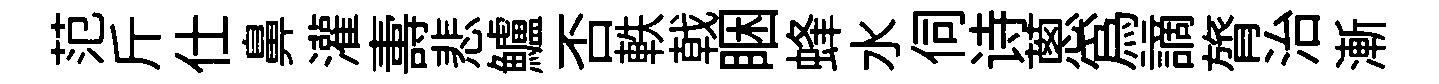
范斤仕鼻灌夀悲鱸否軼戟睏蜂水伺诗蔥爲謫膂治漸